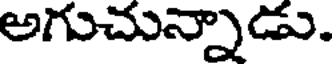
అగుచున్నాడు.